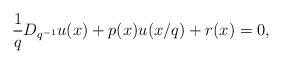
LaTeX: \begin{align*} \frac{1}{q} D_{q^{-1}} u(x)+ p(x) u(x/q)+r(x)= 0, \end{align*}